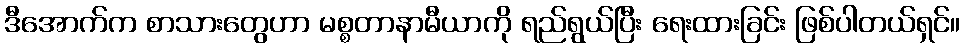
ဒီအောက်က စာသားတွေဟာ မစ္စတာနာမီယာကို ရည်ရွယ်ပြီး ရေးထားခြင်း ဖြစ်ပါတယ်ရှင်။